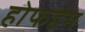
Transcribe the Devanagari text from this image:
होफहेम